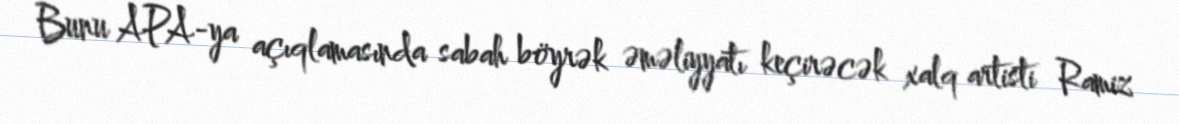
Bunu APA-ya açıqlamasında sabah böyrək əməliyyatı keçirəcək xalq artisti Ramiz